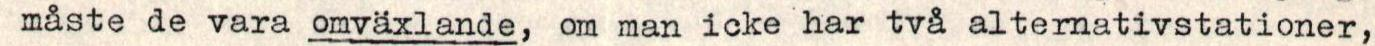
måste de vara omväxlande, om man icke har två alternativstationer,